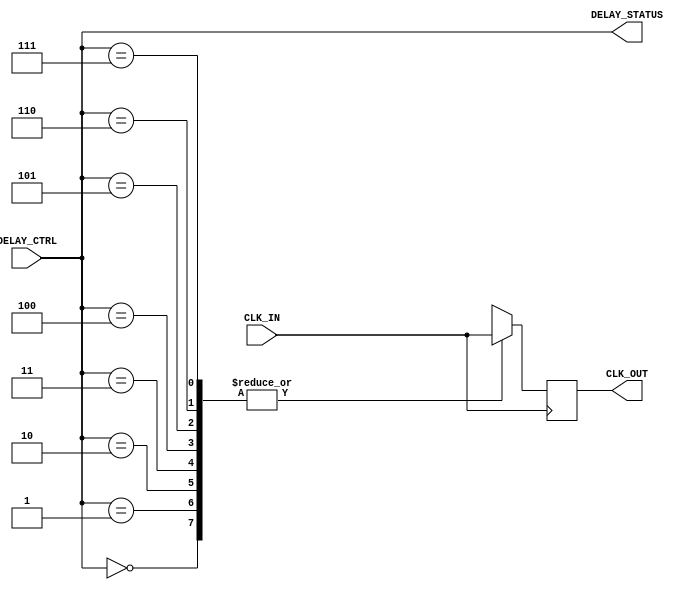
module DelayClockBuffer (
    input wire CLK_IN,        // Input clock signal
    input wire [2:0] DELAY_CTRL,  // Control signal for delay selection (3-bit for 8 levels)
    output reg CLK_OUT,       // Buffered clock output
    output reg [2:0] DELAY_STATUS // Current delay state output
);

// Define the possible delay stages
// Assuming each stage introduces a fixed delay
reg [3:0] delay_stages [0:7];  // Array of delay stages
reg clk_buf;                   // Intermediate clock signal

initial begin
    // Initialize delay stages (values may vary based on your technology)
    // For this example, we assume delay units represent cycles or logic levels
    delay_stages[0] = 4'd0;    // No delay
    delay_stages[1] = 4'd1;    // 1 unit delay
    delay_stages[2] = 4'd2;    // 2 unit delay
    delay_stages[3] = 4'd3;    // 3 unit delay
    delay_stages[4] = 4'd4;    // 4 unit delay
    delay_stages[5] = 4'd5;    // 5 unit delay
    delay_stages[6] = 4'd6;    // 6 unit delay
    delay_stages[7] = 4'd7;    // 7 unit delay
end

// Delay Logic
always @(posedge CLK_IN) begin
    // Apply delay based on DELAY_CTRL
    case (DELAY_CTRL)
        3'b000: clk_buf <= CLK_IN;     // No delay
        3'b001: clk_buf <= #1 CLK_IN;  // 1 unit delay
        3'b010: clk_buf <= #2 CLK_IN;  // 2 units delay
        3'b011: clk_buf <= #3 CLK_IN;  // 3 units delay
        3'b100: clk_buf <= #4 CLK_IN;  // 4 units delay
        3'b101: clk_buf <= #5 CLK_IN;  // 5 units delay
        3'b110: clk_buf <= #6 CLK_IN;  // 6 units delay
        3'b111: clk_buf <= #7 CLK_IN;  // 7 units delay
        default: clk_buf <= CLK_IN;     // Default to no delay
    endcase
end

// Output Logic
always @(clk_buf) begin
    // Assign the buffered clock output
    CLK_OUT <= clk_buf;

    // Update the delay status output
    DELAY_STATUS <= DELAY_CTRL;
end

endmodule